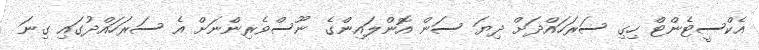
އެކްސީޓެންޓް ހިގި ސަރަހައްދަށް ދިޔަ ސަން އޮންލައިންގެ ނޫސްވެރިންނަށް އެ ސަރަހައްދުގައި ގިނަ